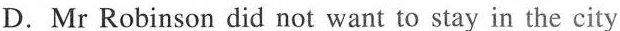
D.Mr Robinson did not want to stay in the city